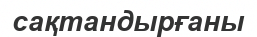
сақтандырғаны